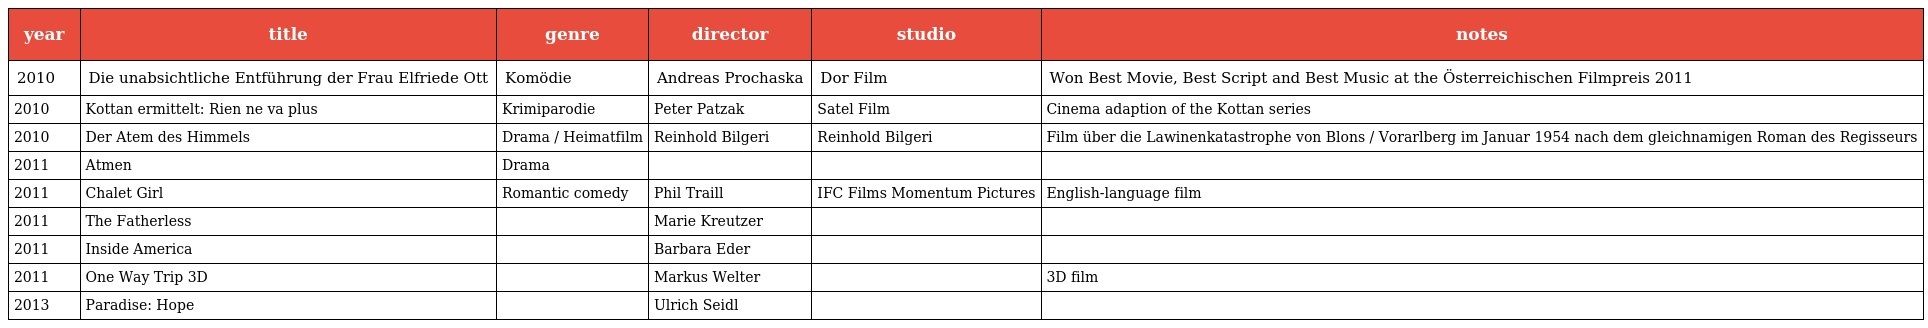
| year | title | genre | director | studio | notes |
 | --- | --- | --- | --- | --- | --- |
 | 2010 | Die unabsichtliche Entführung der Frau Elfriede Ott | Komödie | Andreas Prochaska | Dor Film | Won Best Movie, Best Script and Best Music at the Österreichischen Filmpreis 2011 |
 | 2010 | Kottan ermittelt: Rien ne va plus | Krimiparodie | Peter Patzak | Satel Film | Cinema adaption of the Kottan series |
 | 2010 | Der Atem des Himmels | Drama / Heimatfilm | Reinhold Bilgeri | Reinhold Bilgeri | Film über die Lawinenkatastrophe von Blons / Vorarlberg im Januar 1954 nach dem gleichnamigen Roman des Regisseurs |
 | 2011 | Atmen | Drama |  |  |  |
 | 2011 | Chalet Girl | Romantic comedy | Phil Traill | IFC Films Momentum Pictures | English-language film |
 | 2011 | The Fatherless |  | Marie Kreutzer |  |  |
 | 2011 | Inside America |  | Barbara Eder |  |  |
 | 2011 | One Way Trip 3D |  | Markus Welter |  | 3D film |
 | 2013 | Paradise: Hope |  | Ulrich Seidl |  |  |